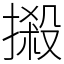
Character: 摋